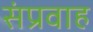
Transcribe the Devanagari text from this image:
संप्रवाह